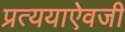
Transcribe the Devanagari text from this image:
प्रत्ययाऐवजी